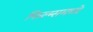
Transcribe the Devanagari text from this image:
फिल्म्समध्ये